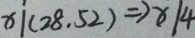
x \vert ( 2 8 , 5 2 ) \Rightarrow x \vert 4